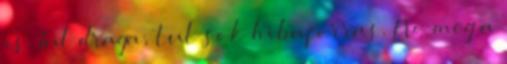
is. Tul draga, tul sok hibaforras. No meg a